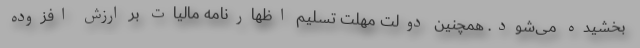
بخشیده می‌شود. همچنین دولت مهلت تسلیم اظهارنامه مالیات بر ارزش افزوده